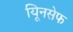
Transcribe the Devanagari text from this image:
यिूनसेफ